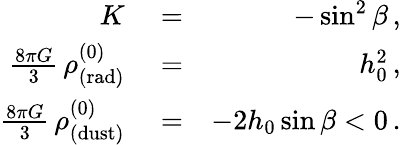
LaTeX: \begin{array}{rlr}{K}&{{}=}&{-\sin^{2}\beta\, ,}\\ {\frac{8\pi G}{3}\, \rho_{\mathrm{(rad)}}^{(0)}}&{{}=}&{h_{0}^{2}\, ,}\\ {\frac{8\pi G}{3}\, \rho_{\mathrm{(dust)}}^{(0)}}&{{}=}&{-2h_{0}\sin\beta<0\, .}\end{array}